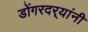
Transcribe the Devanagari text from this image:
डोंगरदर्‍यांनी